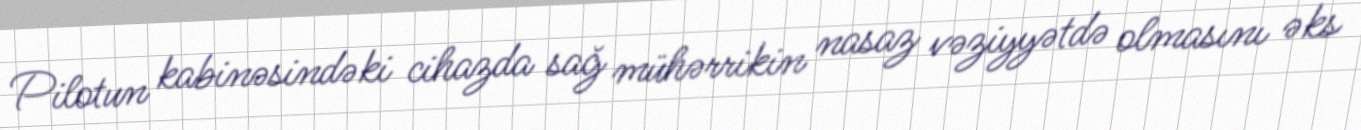
Pilotun kabinəsindəki cihazda sağ mühərrikin nasaz vəziyyətdə olmasını əks